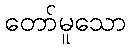
တော်မူသော